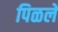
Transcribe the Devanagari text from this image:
पिळले